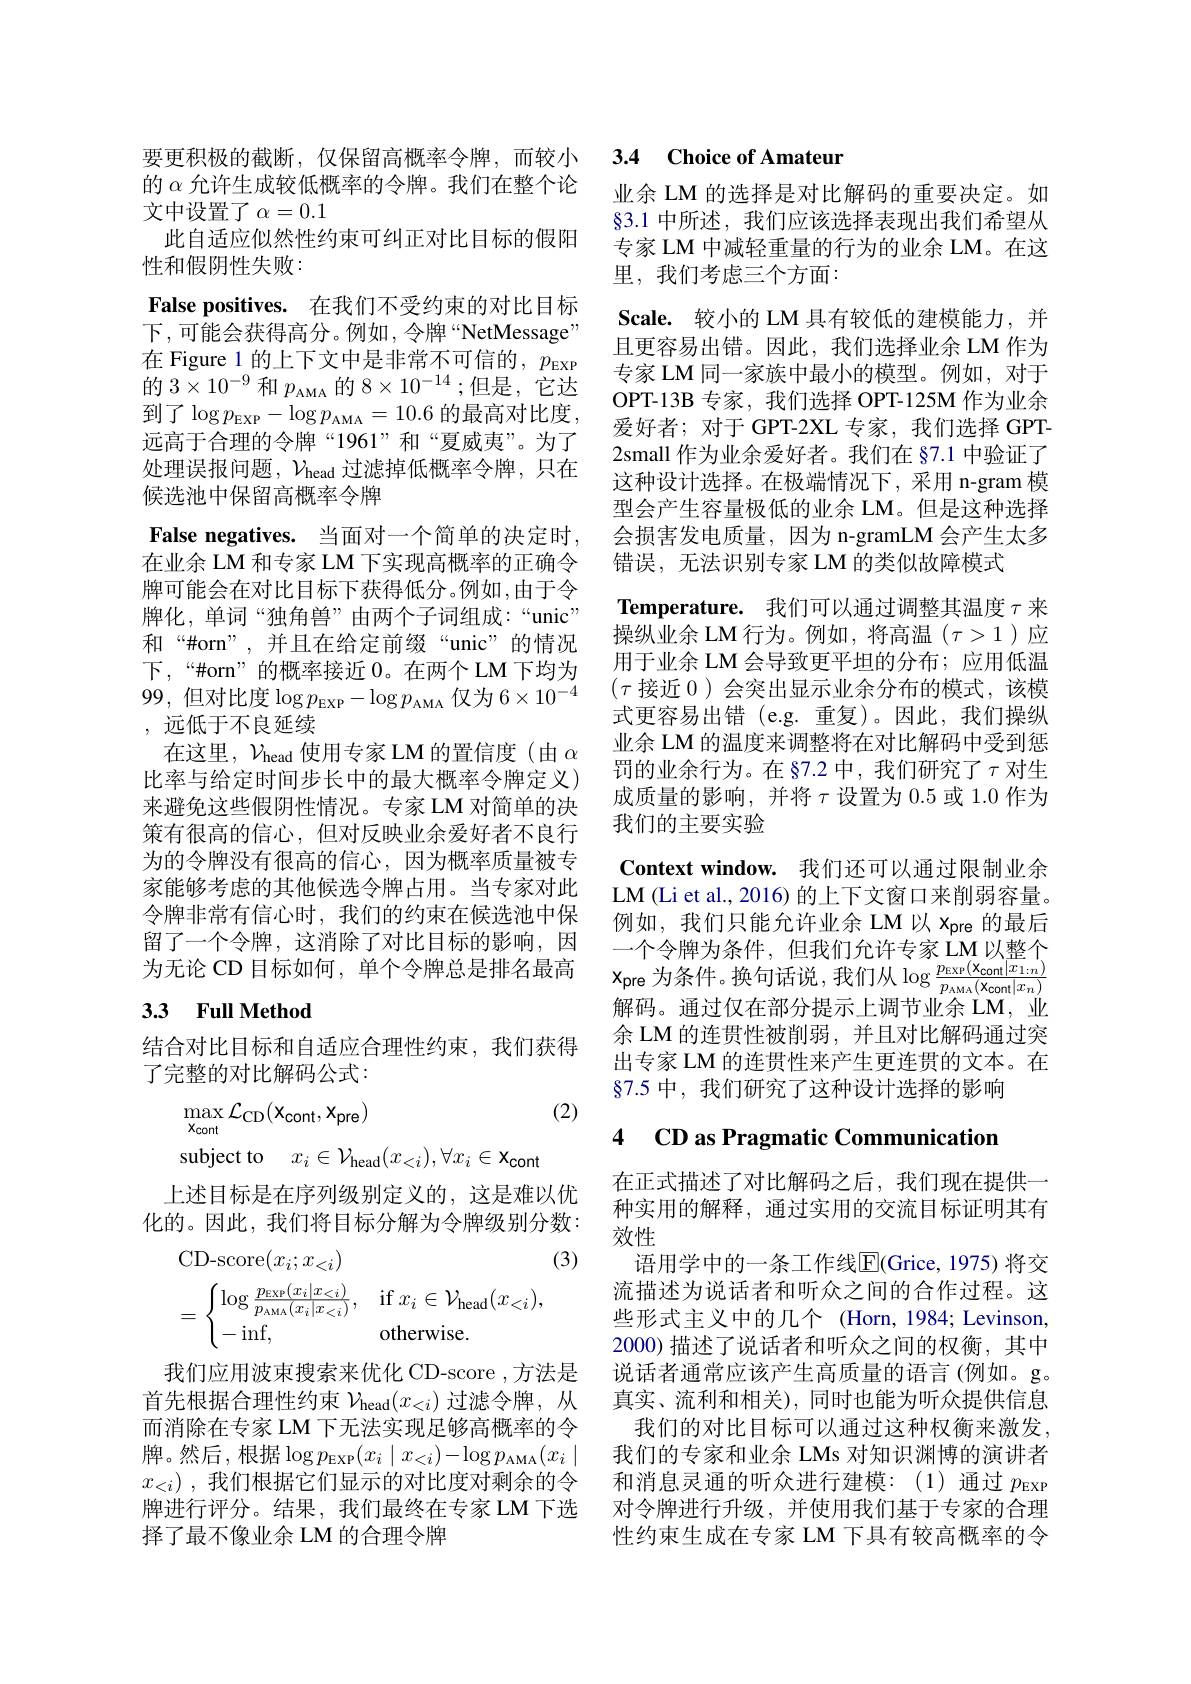
的$\alpha$允许生成较低概率的令牌。我们在整个论
文中设置了$\alpha=0.1$
此自适应似然性约束可纠正对比目标的假阳
性和假阴性失败：
False positives. 在我们不受约束的对比目标下，可能会获得高分。例如，令牌“NetMessage” 在 Figure 1 的上下文中是非常不可信的$,p_\mathrm{EXP}$ ${\text{的 }3\times10^{-9}\text{ 和 }p_{\mathrm{AMA}}\text{ 的 }8\times10^{-14};\text{但是，它达}}$ 到了$\log p_\mathrm{EXP}-\log p_\mathrm{AMA}=10.6$的最高对比度， 远高于合理的令牌“1961”和“夏威夷”。为了处理误报问题，$\mathcal{V}_\mathrm{head}$过滤掉低概率令牌，只在候选池中保留高概率令牌
False negatives. 当面对一个简单的决定时， 在业余 LM 和专家 LM 下实现高概率的正确令牌可能会在对比目标下获得低分。例如，由于令牌化，单词“独角兽”由两个子词组成：“unic” 和“#orn”,并且在给定前缀“unic”的情况下，“#orn”的概率接近0。在两个 LM 下均为99,但对比度$\log p_\mathrm{EXP}-\log p_\mathrm{AMA}$仅为$6\times10^-4$ ,远低于不良延续
在这里，$\mathcal{V}_\mathrm{head}$使用专家 LM 的置信度 (由$\alpha$ 比率与给定时间步长中的最大概率令牌定义) 来避免这些假阴性情况。专家 LM 对简单的决策有很高的信心，但对反映业余爱好者不良行为的令牌没有很高的信心，因为概率质量被专家能够考虑的其他候选令牌占用。当专家对此令牌非常有信心时，我们的约束在候选池中保留了一个令牌，这消除了对比目标的影响，因为无论 CD 目标如何，单个令牌总是排名最高3.3 Full Method

结合对比目标和自适应合理性约束，我们获得
了完整的对比解码公式：

(2)
$$\begin{aligned}&\max_{\mathbf{x}_{\mathrm{cont}}}\mathcal{L}_{\mathrm{CD}}(\mathbf{x}_{\mathrm{cont}},\mathbf{x}_{\mathrm{pre}})\\&\mathrm{subject~to}\quad x_{i}\in\mathcal{V}_{\mathrm{head}}(x_{<i}),\forall x_{i}\in\mathbf{x}_{\mathrm{cont}}\end{aligned}$$
上述目标是在序列级别定义的，这是难以优化的。因此，我们将目标分解为令牌级别分数：

(3)
$$=\begin{cases}\log\frac{p_\text{EXP}(x_i|x_{<i})}{p_\text{AMA}(x_i|x_{<i})},&\text{if}x_i\in\mathcal{V}_\text{head}(x_{<i}),\\-\inf,&\text{otherwise.}\end{cases}$$
我们应用波束搜索来优化 CD-score ,方法是首先根据合理性约束$\nu_\mathrm{head}(x_{<i})$过滤令牌，从而消除在专家 LM 下无法实现足够高概率的令牌。然后，根据$\log p_\mathrm{EXP}(x_i\mid x_{<i})-\log p_\mathrm{AMA}(x_i\mid$ $x_{< i})$ ,我们根据它们显示的对比度对剩余的令牌进行评分。结果，我们最终在专家 LM 下选择了最不像业余 LM 的合理令牌

## 要更积极的截断，仅保留高概率令牌，而较小 3.4 Choice of Amateur

业余 LM 的选择是对比解码的重要决定。如§3.1 中所述，我们应该选择表现出我们希望从专家 LM 中减轻重量的行为的业余 LM。在这里，我们考虑三个方面：
$\textbf{Scale. 较 小 的 LM 具 有 较 低 的 建 模 能 力 , 并 }$ 且更容易出错。因此，我们选择业余 LM 作为专家 LM 同一家族中最小的模型。例如，对于OPT-13B 专家，我们选择 OPT-125M 作为业余爱好者；对于 GPT-2XL 专家，我们选择 GPT- 2small 作为业余爱好者。我们在 §7.1 中验证了这种设计选择。在极端情况下，采用 n-gram 模型会产生容量极低的业余 LM。但是这种选择会损害发电质量，因为 n-gramLM 会产生太多错误，无法识别专家 LM 的类似故障模式
$\textbf{Temperature. 我 们 可 以 通 过 调 整 其 温 度 }\tau$来操纵业余 LM 行为。例如，将高温$(\tau>1)$应用于业余 LM 会导致更平坦的分布；应用低温$(\tau$接近 0 )会突出显示业余分布的模式，该模式更容易出错(e.g.重复)。因此，我们操纵业余 LM 的温度来调整将在对比解码中受到惩罚的业余行为。在 §7.2 中，我们研究了$\tau$对生成质量的影响，并将$\tau$设置为 0.5 或 1.0 作为我们的主要实验
Context window. 我们还可以通过限制业余LM (Li et al., 2016) 的上下文窗口来削弱容量。例如，我们只能允许业余 LM 以 xpre 的最后一个令牌为条件，但我们允许专家 LM 以整个$x_{\mathrm{pre}}$为条件。换句话说，我们从$\log\frac p{\mathrm{EXP}}(\mathbf{x}_{\mathrm{cont}}|x_{1:n}){p_{\mathrm{AMA}}(\mathbf{x}_{\mathrm{cont}}|x_{n})}$ 解码。通过仅在部分提示上调节业余 LM, 业余 LM 的连贯性被削弱，并且对比解码通过突出专家 LM 的连贯性来产生更连贯的文本。在§7.5 中，我们研究了这种设计选择的影响

# 4 CD as Pragmatic Communicatior

在正式描述了对比解码之后，我们现在提供一种实用的解释，通过实用的交流目标证明其有效性
语用学中的一条工作线$\overline{\mathrm{E}}($Grice, 1975) 将交流描述为说话者和听众之间的合作过程。这些形式主义中的几个 (Horn, 1984; Levinson, 2000) 描述了说话者和听众之间的权衡，其中说话者通常应该产生高质量的语言(例如。g。真实、流利和相关),同时也能为听众提供信息我们的对比目标可以通过这种权衡来激发， 我们的专家和业余 LMs 对知识渊博的演讲者和消息灵通的听众进行建模：(1)通过$p_\mathrm{EXP}$ 对令牌进行升级，并使用我们基于专家的合理性约束生成在专家 LM 下具有较高概率的令